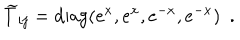
{ \widetilde T } _ { i j } = \mathrm { d i a g } ( e ^ { x } , e ^ { x } , e ^ { - x } , e ^ { - x } ) ~ ~ .